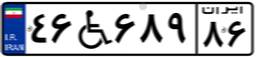
۷۶W۰۱۲۷۸